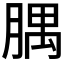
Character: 腢